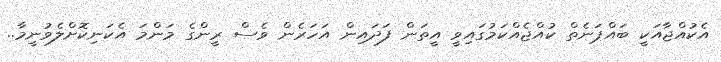
އެކުއްޖާއަކީ ބައްޕަނެތް ކުއްޖެއްކަމުގައިވީ އީތަން ފަދައިން އަހަރެން ވެސް ރީންގެ މަންމަ އެކަނިކޮށްލެވުނީމާ..